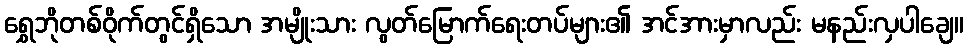
ရွှေဘိုတစ်ဝိုက်တွင်ရှိသော အမျိုးသား လွတ်မြောက်ရေးတပ်များ၏ အင်အားမှာလည်း မနည်းလှပါချေ။